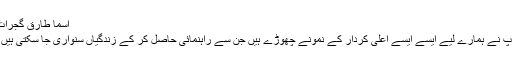
اسمأ طارق گجرات
آپ نے ہمارے لیے ایسے ایسے اعلی کردار کے نمونے چھوڑے ہیں جن سے راہنمائی حاصل کر کے زندگیاں سنواری جا سکتی ہیں ۔